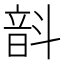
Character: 𫖗